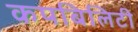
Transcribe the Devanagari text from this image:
कपबिलिटी